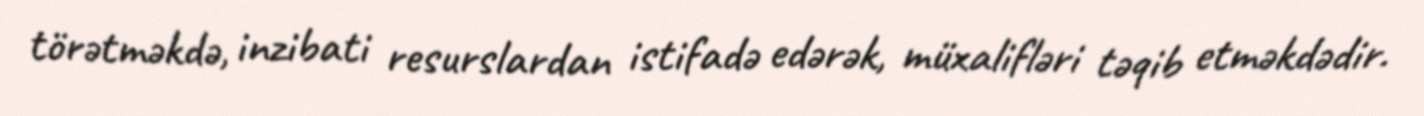
törətməkdə, inzibati resurslardan istifadə edərək, müxalifləri təqib etməkdədir.